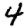
Digit: 4